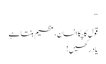
‘‘
قول کا پکا انسان،عظیم بنتا ہے
یاد رکھیں !